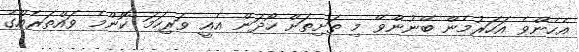
އެހެންވެ އަހަރުމެން ބޭނުންވޭ މި ތަށިތަށް ހޯދަން އެއީ ވަރިހަމަ ކޮންމެ ވައްތަރެއްގެ